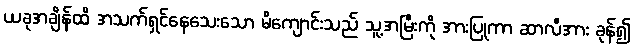
ယခုအချိန်ထိ အသက်ရှင်နေသေးသော မိကျောင်းသည် သူ့အမြီးကို အားပြုကာ ဆာလီအား ခုန်၍